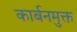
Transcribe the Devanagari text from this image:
कार्बनमुक्त